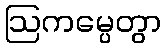
ဩကမ္ပေတွာ